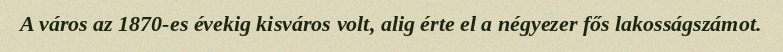
A város az 1870-es évekig kisváros volt, alig érte el a négyezer fős lakosságszámot.